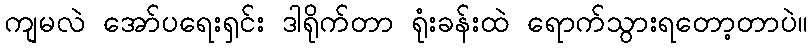
ကျမလဲ အော်ပရေးရှင်း ဒါရိုက်တာ ရုံးခန်းထဲ ရောက်သွားရတော့တာပဲ။